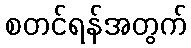
စတင်ရန်အတွက်